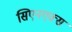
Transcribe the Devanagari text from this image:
सिएनएक्स